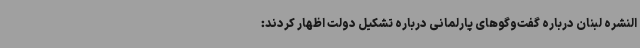
النشره لبنان درباره گفت‌وگوهای پارلمانی درباره تشکیل دولت اظهار کردند: